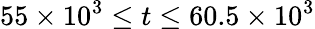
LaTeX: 55\times 10^{3}\le t\le 60.5\times 10^{3}